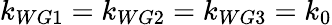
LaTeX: k_{WG1}=k_{WG2}=k_{WG3}=k_{0}